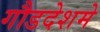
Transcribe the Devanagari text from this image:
गौडदेशमे